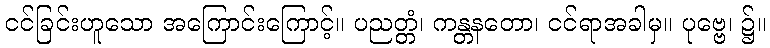
ငင်ခြင်းဟူသော အကြောင်းကြောင့်။ ပညတ္တံ၊ ကန္တနတော၊ ငင်ရာအခါမှ။ ပုဗ္ဗေ၊ ၌။